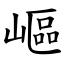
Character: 嶇